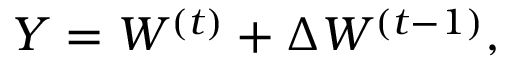
Y = W ^ { ( t ) } + \Delta W ^ { ( t - 1 ) } ,